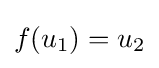
f(u_{1})=u_{2}